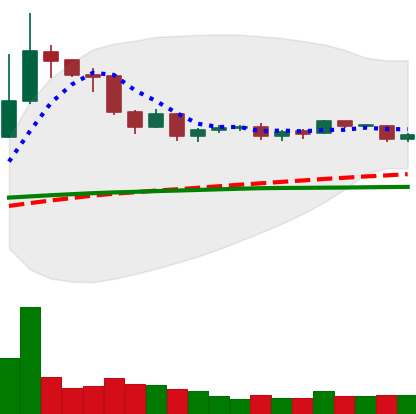
Ticker: DOGE-USD
Chart end date: 2019-04-22
Forward return: -10.079%
Label: down_7plus